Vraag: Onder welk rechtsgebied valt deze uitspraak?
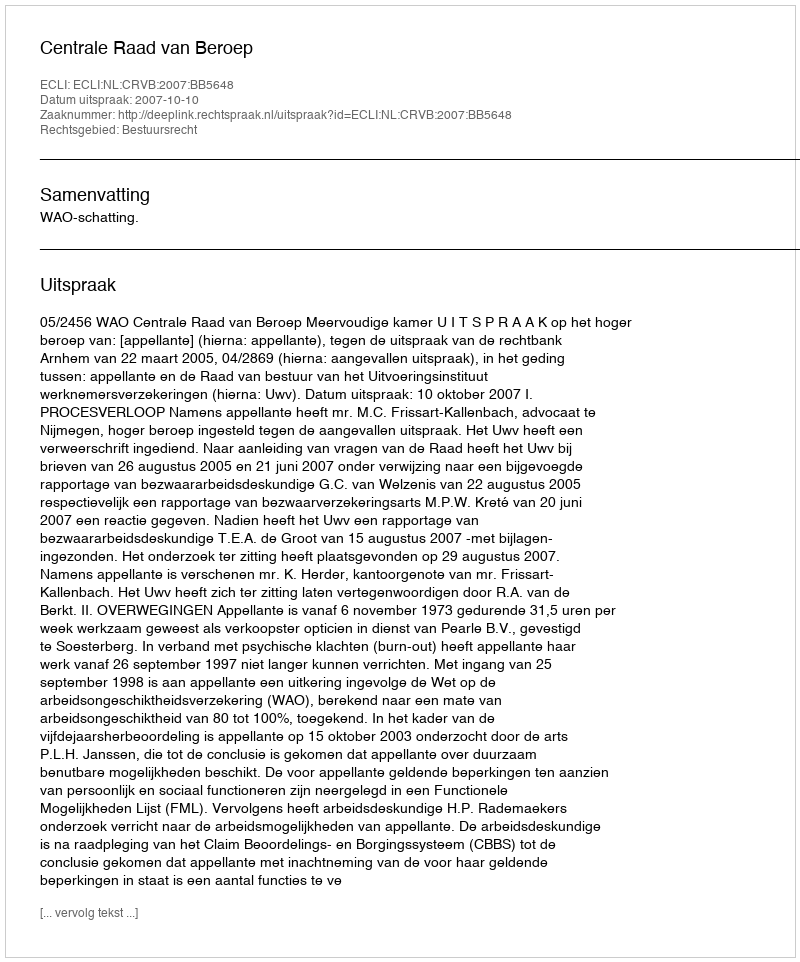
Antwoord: Bestuursrecht